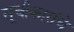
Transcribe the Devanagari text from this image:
सूचीकारांचे